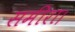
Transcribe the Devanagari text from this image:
समीरा।